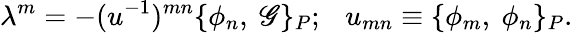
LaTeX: \lambda^{m}=-(u^{-1})^{mn}\{ \phi_{n},\ \mathscr{G}\} _{P};\ \ \ u_{mn}\equiv\{ \phi_{m},\ \phi_{n}\} _{P}.